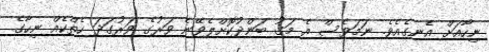
ނިހާއަށް އެނގެއެވެ. ނަމަވެސް އެ މަގު ބަންދުކޮށްލެވޭނެ ވަރުގެ ވަރުގަދަ ހެތްކެއް ނިހާގެ